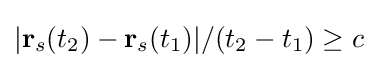
|\mathbf {r} _{s}(t_{2})-\mathbf {r} _{s}(t_{1})|/(t_{2}-t_{1})\geq c